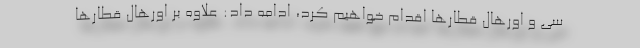
سی و اورهال قطارها اقدام خواهیم کرد، ادامه داد: علاوه بر اورهال قطارها